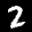
Label: 2